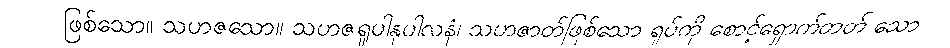
ဖြစ်သော။ သဟဇသော။ သဟဇရူပါနုပါလနံ၊ သဟဇာတ်ဖြစ်သော ရုပ်ကို စောင့်ရှောက်တတ် သော